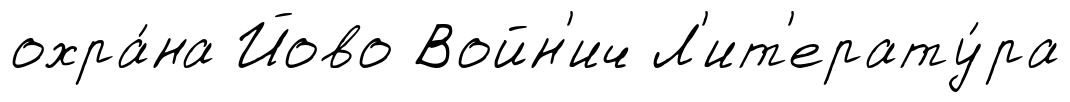
охра́на Йово Войн'ич Л'ит'ерату́ра